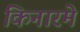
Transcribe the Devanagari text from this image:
किनारमे